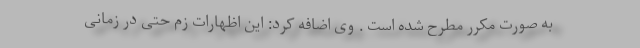
به صورت مکرر مطرح شده است . وی اضافه کرد: این اظهارات زم حتی در زمانی